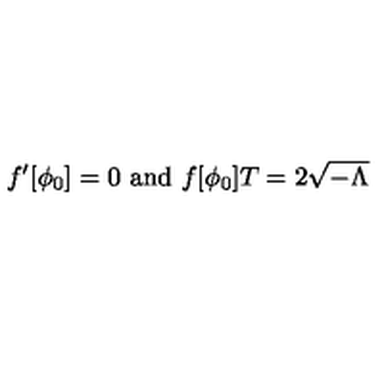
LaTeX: f ^ { \prime } [ \phi _ { 0 } ] = 0 \ \mathrm { a n d } \ f [ \phi _ { 0 } ] T = 2 \sqrt { - \Lambda }